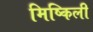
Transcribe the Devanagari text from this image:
मिष्किली